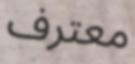
معترف